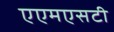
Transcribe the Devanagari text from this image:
एएमएसटी